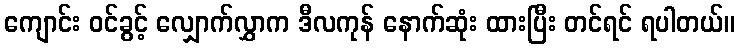
ကျောင်း ဝင်ခွင့် လျှောက်လွှာက ဒီလကုန် နောက်ဆုံး ထားပြီး တင်ရင် ရပါတယ်။